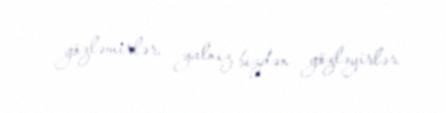
gözləmirlər, yalnız bizdən gözləyirlər.